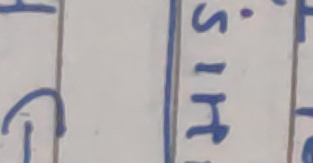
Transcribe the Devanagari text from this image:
स. इ. H